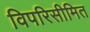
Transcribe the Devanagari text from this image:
विपरिसीमित